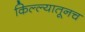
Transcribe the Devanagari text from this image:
किल्ल्यातूनच